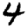
Digit: 4